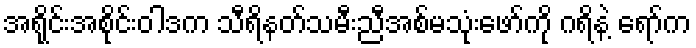
အရိုင်းအစိုင်းဝါဒက သီရိနတ်သမီးညီအစ်မသုံးဖော်ကို ဂရိနဲ့ ရော်က